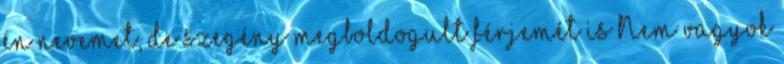
én nevemet, de szegény megboldogult férjemét is Nem vagyok